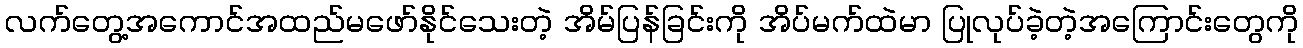
လက်တွေ့အကောင်အထည်မဖော်နိုင်သေးတဲ့ အိမ်ပြန်ခြင်းကို အိပ်မက်ထဲမာ ပြုလုပ်ခဲ့တဲ့အကြောင်းတွေကို